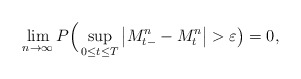
\begin{align*}\lim_{n \to \infty} P \Big( \sup_{0 \leq t \leq T} \big| M_{t-}^n-M_t^n\big| > \varepsilon\big) =0,\end{align*}